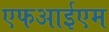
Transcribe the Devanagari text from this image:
एफआईएम